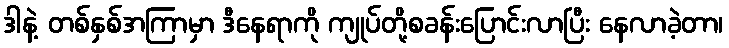
ဒါနဲ့ တစ်နှစ်အကြာမှာ ဒီနေရာကို ကျုပ်တို့စခန်းပြောင်းလာပြီး နေလာခဲ့တာ၊